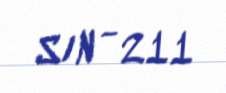
S/N - 211